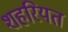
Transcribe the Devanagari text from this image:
शहरियत